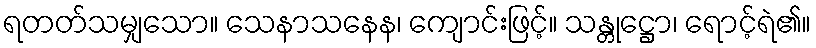
ရတတ်သမျှသော။ သေနာသနေန၊ ကျောင်းဖြင့်။ သန္တုဋ္ဌော၊ ရောင့်ရဲ၏။